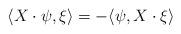
LaTeX: \begin{align*}\langle X\cdot\psi,\xi\rangle=-\langle \psi,X\cdot\xi\rangle\end{align*}